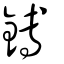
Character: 鎛